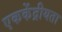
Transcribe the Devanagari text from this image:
एककेंद्रीयता